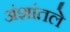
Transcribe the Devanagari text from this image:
अंशांतले